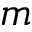
m